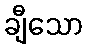
ချီသော